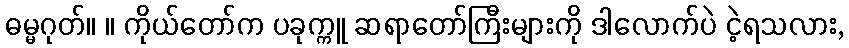
ဓမ္မဂုတ်။ ။ ကိုယ်တော်က ပခုက္ကူ ဆရာတော်ကြီးများကို ဒါလောက်ပဲ ငဲ့ရသလား,